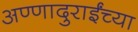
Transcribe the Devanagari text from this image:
अण्णादुराईंच्या